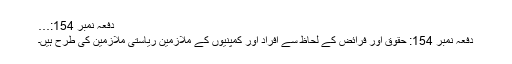
دفعہ نمبر 154:…
دفعہ نمبر 154: حقوق اور فرائض کے لحاظ سے افراد اور کمپنیوں کے ملازمین ریاستی ملازمین کی طرح ہیں۔